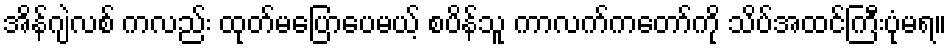
အိန်ဂျဲလစ် ကလည်း ထုတ်မပြောပေမယ့် စပိန်သူ ကာလက်ကတော်ကို သိပ်အထင်ကြီးပုံမရ။